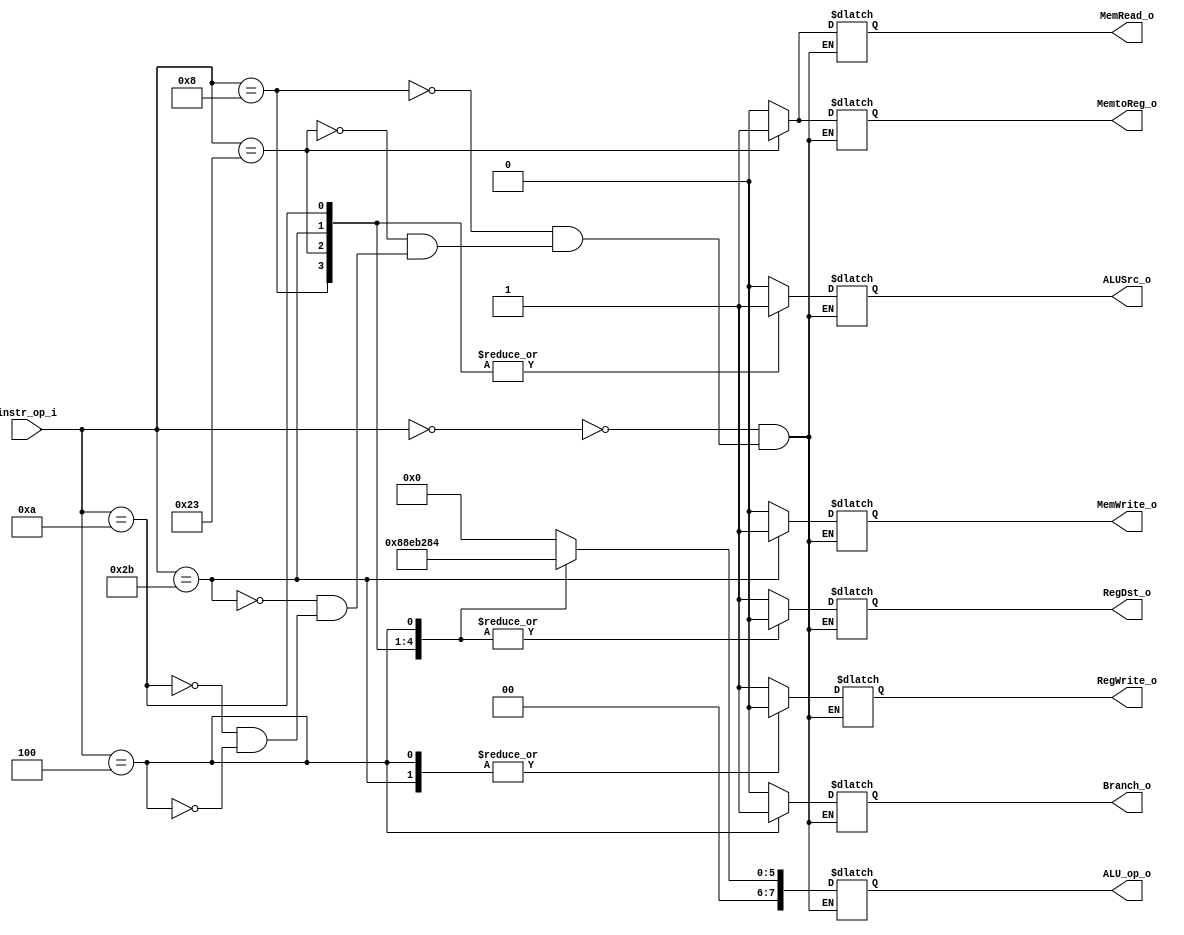
//Subject:     Architecture project 2 - Decoder
//--------------------------------------------------------------------------------
//Version:     1
//--------------------------------------------------------------------------------
//Writer:      
//----------------------------------------------
//Date:        
//----------------------------------------------
//Description: 
//--------------------------------------------------------------------------------

module Decoder(
    instr_op_i,
	RegWrite_o,
	ALU_op_o,
	ALUSrc_o,
	RegDst_o,
	Branch_o,
	MemWrite_o,
	MemRead_o,
	MemtoReg_o
	);
     
//I/O ports
input  [6-1:0] instr_op_i;

output         RegWrite_o;
output [8-1:0] ALU_op_o; 
output         ALUSrc_o; 
output         RegDst_o; 
output         Branch_o; 
output			MemWrite_o;
output			MemRead_o;
output			MemtoReg_o; 

//Internal Signals
reg    [8-1:0] ALU_op_o;
reg            ALUSrc_o;//lw|sw|addi|stli
reg            RegWrite_o;//R|lw|addi|stli
reg            RegDst_o;//R
reg            Branch_o;//beq
reg			MemWrite_o;//sw
reg			MemRead_o;//lw
reg			MemtoReg_o; //lw
//Parameter


//Main function
always@(instr_op_i)begin
	case(instr_op_i)
		6'h00: begin
			ALU_op_o <= 8'h00; //R
			Branch_o<=0;
			ALUSrc_o <= 0;
			RegWrite_o<=1;
			RegDst_o<=1;
			MemWrite_o<=0;
			MemRead_o<=0;
			MemtoReg_o<=0;
//$display("R type");
		end
		6'h08: begin
			ALU_op_o <= 8'h08; //ADDI
			Branch_o<=0;
			ALUSrc_o <= 1;
			RegWrite_o<=1;
			RegDst_o<=0;
			MemWrite_o<=0;
			MemRead_o<=0;
			MemtoReg_o<=0;
//$display("ADDI");
		end
		6'h23: begin
			ALU_op_o <= 8'h23; //LW
			Branch_o<=0;
			ALUSrc_o <= 1;
			RegWrite_o<=1;
			RegDst_o<=0;
			MemWrite_o<=0;
			MemRead_o<=1;
			MemtoReg_o<=1;
//$display("LW");
		end
		6'h2B: begin
			ALU_op_o <= 8'h2B; //SW
			Branch_o<=0;
			ALUSrc_o <= 1;
			RegWrite_o<=0;
			RegDst_o<=0;
			MemWrite_o<=1;
			MemRead_o<=0;
			MemtoReg_o<=0;
//$display("SW");
		end
		6'h0A: begin
			ALU_op_o <= 8'h0A; //SLTI
			Branch_o<=0;
			ALUSrc_o <= 1;
			RegWrite_o<=1;
			RegDst_o<=0;
			MemWrite_o<=0;
			MemRead_o<=0;
			MemtoReg_o<=0;
//$display("SLTI");
		end
		6'h04: begin
			ALU_op_o <= 8'h04; //BEQ
			Branch_o<=1;
			ALUSrc_o <= 0;
			RegWrite_o<=0;
			RegDst_o<=0;
			MemWrite_o<=0;
			MemRead_o<=0;
			MemtoReg_o<=0;
//$display("BEQ");
		end	
	endcase
end

endmodule